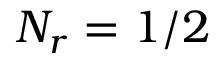
N _ { r } = 1 / 2